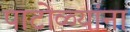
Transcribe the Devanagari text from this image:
पाटोळ्यांना